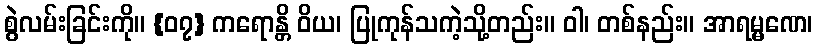
စွဲလမ်းခြင်းကို။ {၀၇} ကရောန္တိ ဝိယ၊ ပြုကုန်သကဲ့သို့တည်း။ ဝါ၊ တစ်နည်း။ အာရမ္မဏေ၊